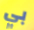
بي